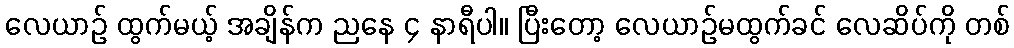
လေယာဉ် ထွက်မယ့် အချိန်က ညနေ ၄ နာရီပါ။ ပြီးတော့ လေယာဉ်မထွက်ခင် လေဆိပ်ကို တစ်